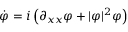
\dot { \varphi } = i \left( \partial _ { x x } \varphi + | \varphi | ^ { 2 } \varphi \right)